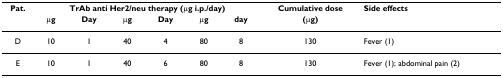
<table><thead><tr><td><b>Pat.</b></td><td colspan="6"><b>TrAb anti Her2/neu therapy (μg i.p./day)</b></td><td><b>Cumulative dose</b></td><td><b>Side effects</b></td></tr><tr><td></td><td><b>μg</b></td><td><b>Day</b></td><td><b>μg</b></td><td><b>Day</b></td><td><b>μg</b></td><td><b>day</b></td><td><b>(μg)</b></td><td></td></tr></thead><tbody><tr><td>D</td><td>10</td><td>1</td><td>40</td><td>4</td><td>80</td><td>8</td><td>130</td><td>Fever (1)</td></tr><tr><td>E</td><td>10</td><td>1</td><td>40</td><td>6</td><td>80</td><td>8</td><td>130</td><td>Fever (1); abdominal pain (2)</td></tr></tbody></table>